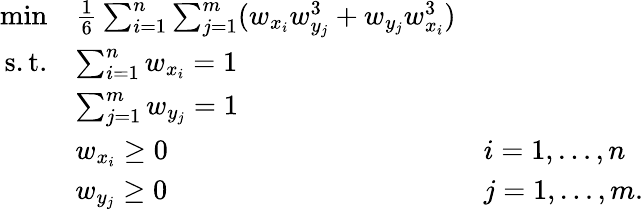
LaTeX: \begin{array}{rll}{\displaystyle\operatorname*{min}}&{\frac 16\sum_{i=1}^{n}\sum_{j=1}^{m}(w_{x_{i}}w_{y_{j}}^{3}+w_{y_{j}}w_{x_{i}}^{3})}\\ {\mathrm{s.t.}}&{\sum_{i=1}^{n}w_{x_{i}}=1}\\ &{\sum_{j=1}^{m}w_{y_{j}}=1}\\ &{w_{x_{i}}\geq 0}&{i=1,\ldots,n}\\ &{w_{y_{j}}\geq 0}&{j=1,\ldots,m.}\end{array}